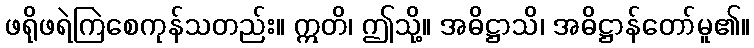
ဖရိုဖရဲကြဲစေကုန်သတည်း။ ဣတိ၊ ဤသို့။ အဓိဋ္ဌာသိ၊ အဓိဋ္ဌာန်တော်မူ၏။